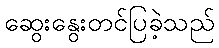
ဆွေးနွေးတင်ပြခဲ့သည်